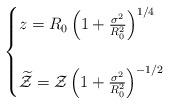
LaTeX: \begin{align*}\begin{cases} z = R_0 \left(1+\frac{\sigma^2}{R_0^2}\right)^{1/4}\\ \\ \widetilde{\mathcal{Z}} = \mathcal{Z} \left(1+\frac{\sigma^2}{R_0^2}\right)^{-1/2}\end{cases}\end{align*}